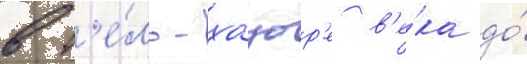
в т'е́ль-хацор'е в'е́ка до́